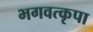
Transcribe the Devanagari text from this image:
भगवत्कृपा